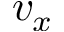
v _ { x }